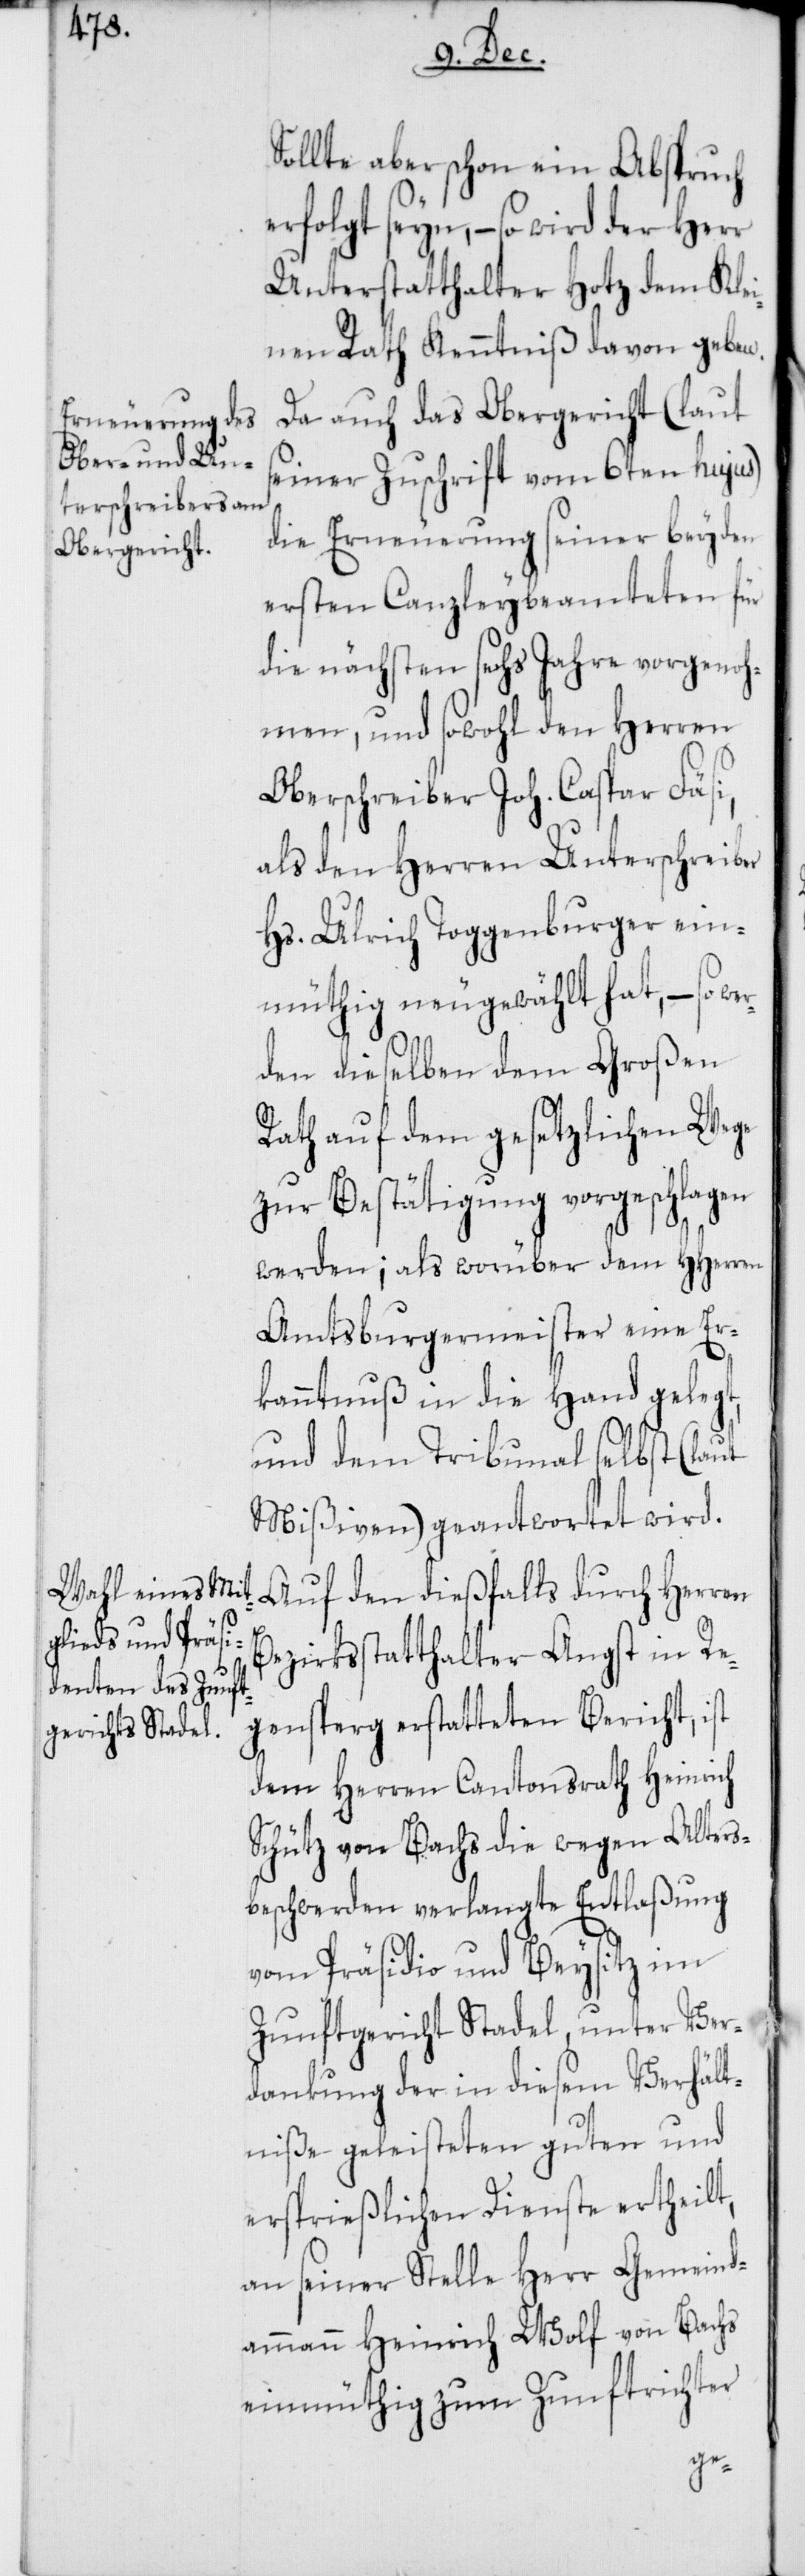
Sollte aber schon ein Abspruch
erfolgt seyn, – so wird der
Unterstatthalter Hotz dem Klei¬
nen Rath Kenntniß davon geben.
Da auch das Obergericht (laut
seiner Zuschrift vom 6ten hujus)
die Erneuerung seiner beyden
ersten Canzleybeamteten für
die nächsten sechs Jahre vorgenoh¬
men, und sowohl den Herren
Oberschreiber Joh. Caspar Fäsi,
als den Herren Unterschreiber
Hs. Ulrich Toggenburger ein¬
müthig neugewählt hat, – so
den dieselben dem Großen
Rath auf dem gesetzlichen Wege
zur Bestätigung vorgeschlagen
werden; als worüber dem HHerren
Amtsburgermeister eine Er¬
kanntnuß in die Hand gelegt,
und dem Tribunal selbst (laut
Mißiven) geantwortet wird.
Auf den dießfalls durch Herren
Bezirksstatthalter Angst in Re¬
gensperg erstatteten Bericht, ist
dem Herren Cantonsrath Heinrich
Schütz von Bachs die wegen Alters¬
beschwerden verlangte Entlaßung
vom Präsidio und Beysitz im
Zunftgericht Stadel, unter Ver¬
dankung der in diesem Verhält¬
niße geleisteten guten und
ersprießlichen Dienste ertheilt,
an seiner Stelle Herr Gemeind¬
ammann Heinrich Wolf von Bachs
einmüthig zum Zunftrichter
wer¬